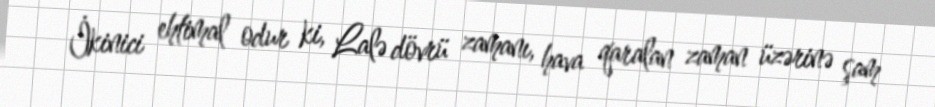
İkinici ehtimal odur ki, Lalə dövrü zamanı, hava qaralan zaman üzərinə şam